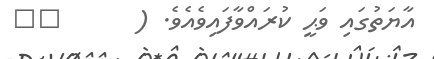
އާޔަތުގައި ވަޙީ ކުރައްވާފައިވެއެވެ. (      ٣٧